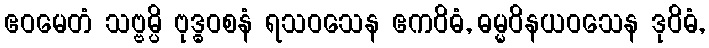
ဧဝမေတံ သဗ္ဗမ္ပိ ဗုဒ္ဓဝစနံ ရသဝသေန ဧကဝိဓံ, ဓမ္မဝိနယဝသေန ဒုဝိဓံ,